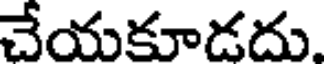
చేయకూడదు.